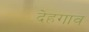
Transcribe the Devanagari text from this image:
देहगाव